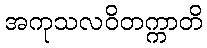
အကုသလဝိတက္ကာတိ